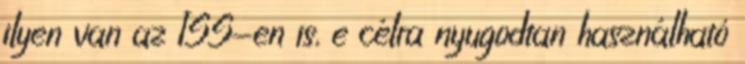
ilyen van az ISS-en is, e célra nyugodtan használható